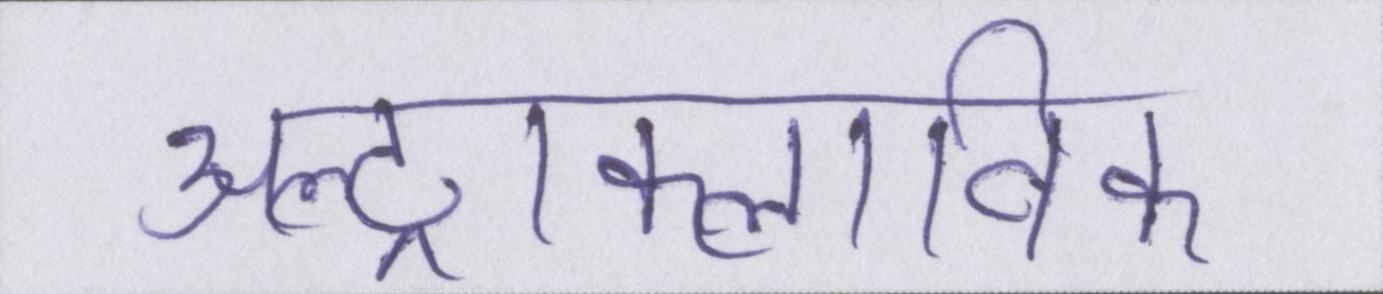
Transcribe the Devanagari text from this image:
अल्ट्राक्लाविक